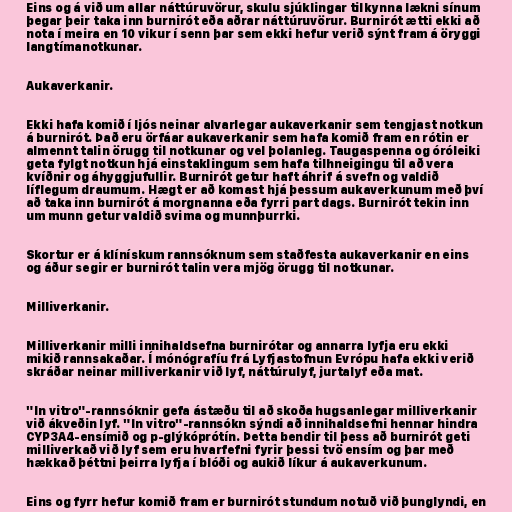
Eins og á við um allar náttúruvörur, skulu sjúklingar tilkynna lækni sínum
þegar þeir taka inn burnirót eða aðrar náttúruvörur. Burnirót ætti ekki að
nota í meira en 10 vikur í senn þar sem ekki hefur verið sýnt fram á öryggi
langtímanotkunar.

Aukaverkanir.

Ekki hafa komið í ljós neinar alvarlegar aukaverkanir sem tengjast notkun
á burnirót. Það eru örfáar aukaverkanir sem hafa komið fram en rótin er
almennt talin örugg til notkunar og vel þolanleg. Taugaspenna og óróleiki
geta fylgt notkun hjá einstaklingum sem hafa tilhneigingu til að vera
kvíðnir og áhyggjufullir. Burnirót getur haft áhrif á svefn og valdið
líflegum draumum. Hægt er að komast hjá þessum aukaverkunum með því
að taka inn burnirót á morgnanna eða fyrri part dags. Burnirót tekin inn
um munn getur valdið svima og munnþurrki.

Skortur er á klínískum rannsóknum sem staðfesta aukaverkanir en eins
og áður segir er burnirót talin vera mjög örugg til notkunar.

Milliverkanir.

Milliverkanir milli innihaldsefna burnirótar og annarra lyfja eru ekki
mikið rannsakaðar. Í mónógrafíu frá Lyfjastofnun Evrópu hafa ekki verið
skráðar neinar milliverkanir við lyf, náttúrulyf, jurtalyf eða mat.

"In vitro"-rannsóknir gefa ástæðu til að skoða hugsanlegar milliverkanir
við ákveðin lyf. "In vitro"-rannsókn sýndi að innihaldsefni hennar hindra
CYP3A4-ensímið og p-glýkóprótín. Þetta bendir til þess að burnirót geti
milliverkað við lyf sem eru hvarfefni fyrir þessi tvö ensím og þar með
hækkað þéttni þeirra lyfja í blóði og aukið líkur á aukaverkunum.

Eins og fyrr hefur komið fram er burnirót stundum notuð við þunglyndi, en